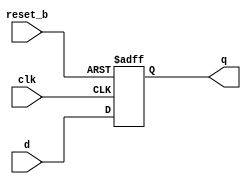
module dff_async_reset
    (input  wire d,       
    input  wire clk,     
    input  wire reset_b, 
    output reg  q);      
    always@(posedge clk or negedge reset_b)
        if (~reset_b) q <= 1'b0;
        else          q <= d;
endmodule